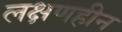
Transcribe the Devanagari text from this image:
लक्षणहीन